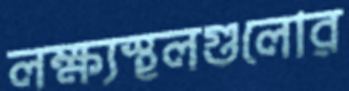
লক্ষ্যস্থলগুলোর